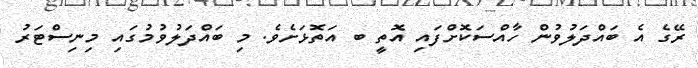
ރޭގެ އެ ބައްދަލުވުން ހާއްސަކޮށްފައި އޮތީ ބ އަތޮޅަށެވެ. މި ބައްދަލުވުމުގައި މިނިސްޓަރު